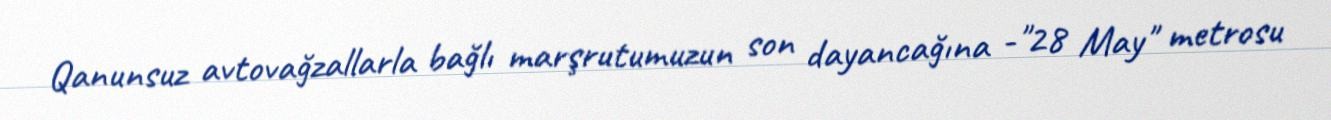
Qanunsuz avtovağzallarla bağlı marşrutumuzun son dayancağına -"28 May" metrosu